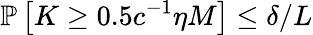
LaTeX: \mathbb{P}\left[K\ge 0.5c^{-1}\eta M\right]\le\delta/L